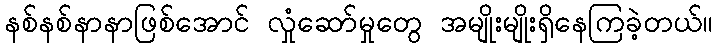
နစ်နစ်နာနာဖြစ်အောင် လှုံဆော်မှုတွေ အမျိုးမျိုးရှိနေကြခဲ့တယ်။